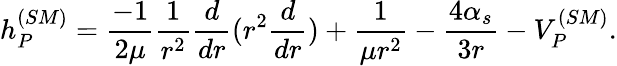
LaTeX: h_{P}^{(SM)}={\frac{-1}{2\mu}}{\frac{1}{r^{2}}}{\frac{d}{dr}}(r^{2}{\frac{d}{dr}})+{\frac{1}{\mu r^{2}}}-{\frac{4\alpha_{s}}{3r}}-V_{P}^{(SM)}.